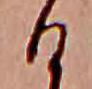
ひ